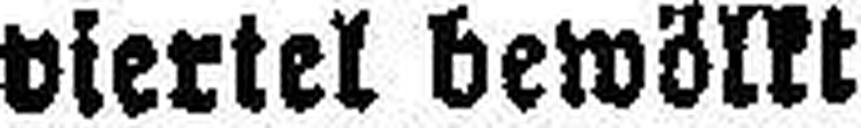
viertel bewölkt